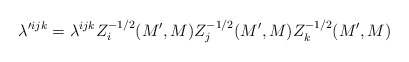
\begin{align*}\lambda'^{ijk} = \lambda^{ijk} Z_i^{-1/2}(M', M) Z_j^{-1/2}(M', M) Z_k^{-1/2}(M', M) \end{align*}